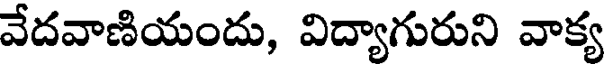
వేదవాణియందు, విద్యాగురుని వాక్య